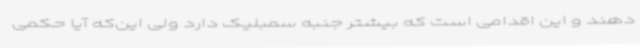
دهند و این اقدامی است که بیشتر جنبه سمبلیک دارد ولی این‌که آیا حکمی